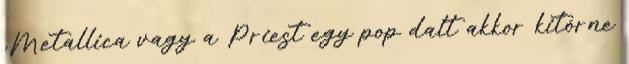
,Metallica vagy a Priest egy pop dalt akkor kitörne